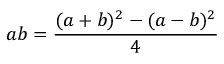
a b = { \frac { ( a + b ) ^ { 2 } - ( a - b ) ^ { 2 } } { 4 } }